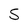
Character: 5